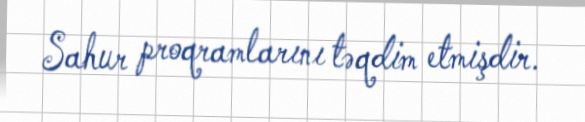
Sahur proqramlarını təqdim etmişdir.